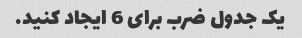
یک جدول ضرب برای 6 ایجاد کنید.